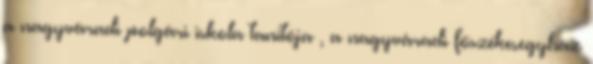
a nagyváradi polgári iskola tanítója , a nagyváradi főszékesegyház